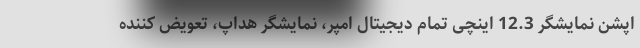
اپشن نمایشگر 12.3 اینچی تمام دیجیتال امپر، نمایشگر هداپ، تعویض کننده